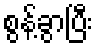
စွန့်ခွာပြီး